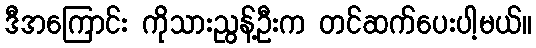
ဒီအကြောင်း ကိုသားညွန့်ဦးက တင်ဆက်ပေးပါ့မယ်။